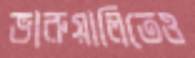
ভারুয়ালিতেও